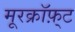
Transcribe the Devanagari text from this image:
मूरक्रॉफ़्ट